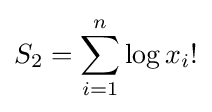
S_{2}=\sum _{i=1}^{n}\log x_{i}!